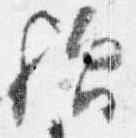
歟